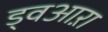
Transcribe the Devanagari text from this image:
ड्वआऱा